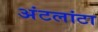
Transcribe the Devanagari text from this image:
अंटलांटा